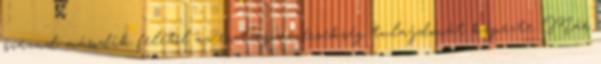
század második felétől az esztergomi érsekség tulajdonát képezte. Már